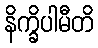
နိက္ခိပါမီတိ